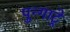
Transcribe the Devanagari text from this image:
पुन्गाट्रे